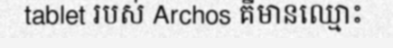
tablet របស់ Archos គឺមានឈ្មោះ